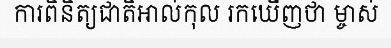
ការពិនិត្យជាតិអាល់កុល រកឃើញថា ម្ចាស់